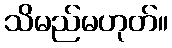
သိမည်မဟုတ်။